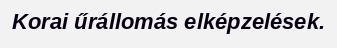
Korai űrállomás elképzelések.